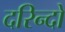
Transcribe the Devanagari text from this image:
दरिन्‍दो